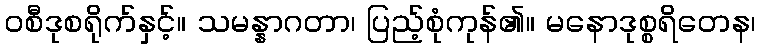
ဝစီဒုစရိုက်နှင့်။ သမန္နာဂတာ၊ ပြည့်စုံကုန်၏။ မနောဒုစ္စရိတေန၊